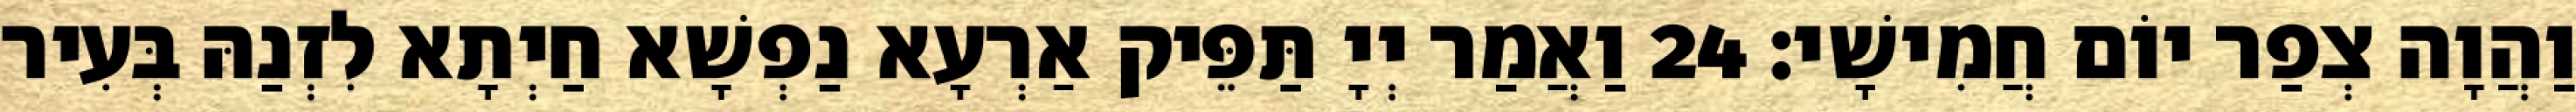
וַהֲוָה צְפַר יוֹם חֲמִישָׁי׃ 24 וַאֲמַר יְיָ תַּפֵּיק אַרְעָא נַפְשָׁא חַיְתָא לִזְנַהּ בְּעִיר